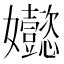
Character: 𡤵